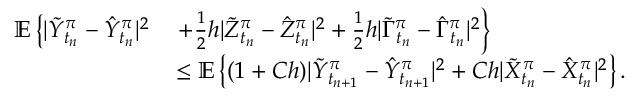
\begin{array} { r } { \begin{array} { r l } { \mathbb { E } \left\{ | \tilde { Y } _ { t _ { n } } ^ { \pi } - \hat { Y } _ { t _ { n } } ^ { \pi } | ^ { 2 } \right. } & { \left. + \frac { 1 } { 2 } h | \tilde { Z } _ { t _ { n } } ^ { \pi } - \hat { Z } _ { t _ { n } } ^ { \pi } | ^ { 2 } + \frac { 1 } { 2 } h | \tilde { \Gamma } _ { t _ { n } } ^ { \pi } - \hat { \Gamma } _ { t _ { n } } ^ { \pi } | ^ { 2 } \right\} } \\ & { \leq \mathbb { E } \left\{ ( 1 + C h ) | \tilde { Y } _ { t _ { n + 1 } } ^ { \pi } - \hat { Y } _ { t _ { n + 1 } } ^ { \pi } | ^ { 2 } + C h | \tilde { X } _ { t _ { n } } ^ { \pi } - \hat { X } _ { t _ { n } } ^ { \pi } | ^ { 2 } \right\} . } \end{array} } \end{array}